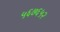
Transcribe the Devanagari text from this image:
५६७६५२